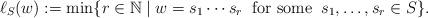
LaTeX: \begin{align*}\ell_S(w):=\mbox{min} \{r \in {\mathbb N} \mid w=s_{1}\cdots s_{r}\; \;\mbox{for some} \; \; s_{1},\ldots,s_{r} \in S \}.\end{align*}